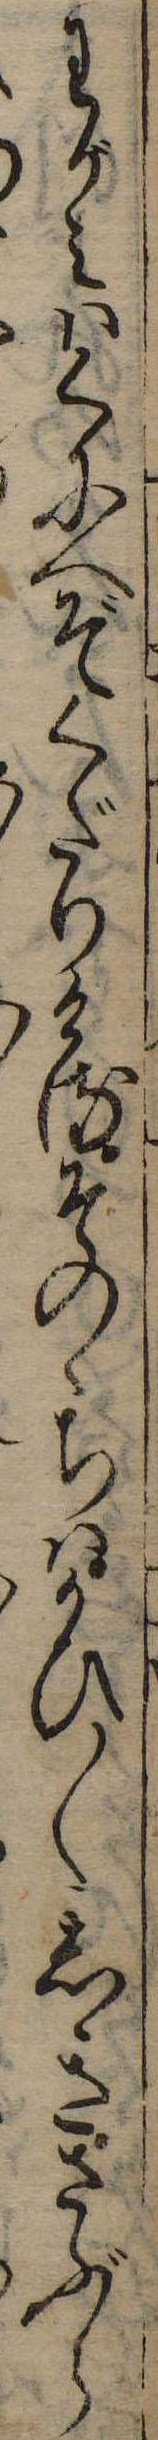
わがみはくにへぞくだりけるそのゝちはかひ〱しきさぶら